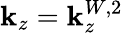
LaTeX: \mathbf{k}_{z}=\mathbf{k}_{z}^{W,2}